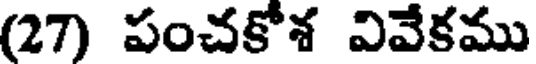
(27) పంచకోశ వివేకము